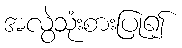
အလွဲသုံးစားပြု၍